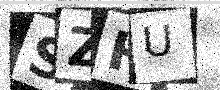
Text: SZHU